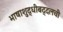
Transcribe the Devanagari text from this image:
भाषाशुद्धीबद्दलची